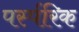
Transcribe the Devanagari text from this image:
पर्स्परिक